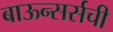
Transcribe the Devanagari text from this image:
बाऊन्सर्सची